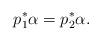
LaTeX: \begin{gather*} p_1^* \alpha = p_2^* \alpha. \end{gather*}